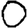
Digit: 0